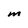
Character: M